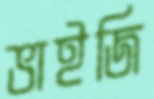
ভাইজি